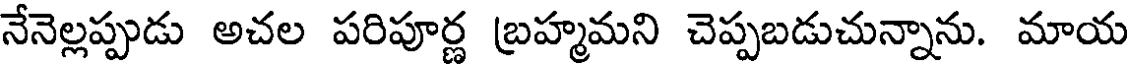
నేనెల్లప్పుడు అచల పరిపూర్ణ బ్రహ్మమని చెప్పబడుచున్నాను. మాయ